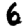
Digit: 6